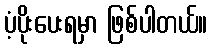
ပံ့ပိုးပေးရမှာ ဖြစ်ပါတယ်။